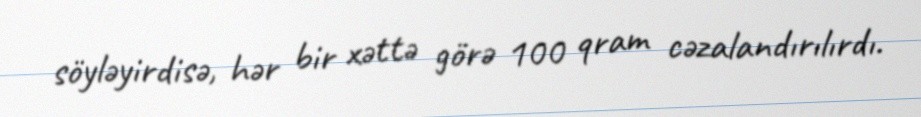
söyləyirdisə, hər bir xəttə görə 100 qram cəzalandırılırdı.